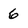
Character: 6